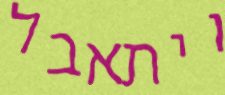
ויתאבל